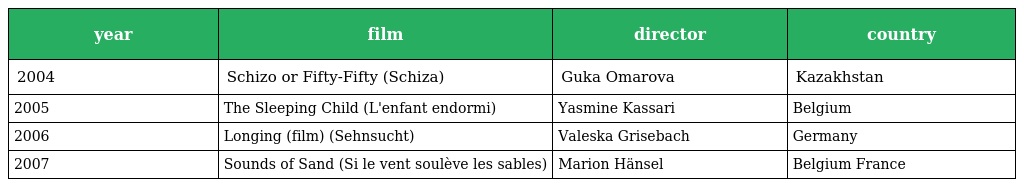
| year | film | director | country |
 | --- | --- | --- | --- |
 | 2004 | Schizo or Fifty-Fifty (Schiza) | Guka Omarova | Kazakhstan |
 | 2005 | The Sleeping Child (L'enfant endormi) | Yasmine Kassari | Belgium |
 | 2006 | Longing (film) (Sehnsucht) | Valeska Grisebach | Germany |
 | 2007 | Sounds of Sand (Si le vent soulève les sables) | Marion Hänsel | Belgium France |